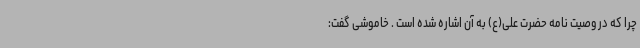
چرا که در وصیت نامه حضرت علی(ع) به آن اشاره شده است . خاموشی گفت: